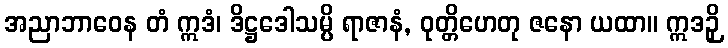
အညာဘာဝေန တံ ဣဒံ၊ ဒိဋ္ဌဒေါသမ္ပိ ရာဇာနံ, ဝုတ္တိဟေတု ဇနော ယထာ။ ဣဒဉှိ